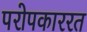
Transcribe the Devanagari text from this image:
परोपकाररत